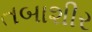
તબાશીર